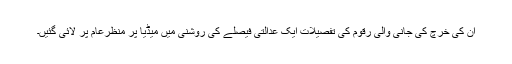
ان کی خرچ کی جانی والی رقوم کی تفصیلات ایک عدالتی فیصلے کی روشنی میں میڈیا پر منظرعام پر لائی گئیں۔